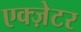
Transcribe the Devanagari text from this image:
एक्ज़ेटर